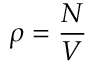
\rho = \frac { N } { V }